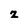
Character: z